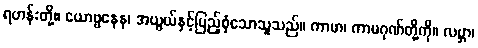
ရဟန်းတို့။ ယောဗ္ဗနေန၊ အယွယ်နှင့်ပြည့်စုံသောသူသည်။ ကာမာ၊ ကာမဂုဏ်တို့ကို။ လဗ္ဘာ၊